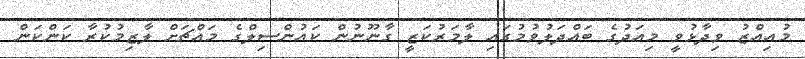
މުއިއްޒު ވިދާޅުވީ މިއަދުގެ ބައްދަލުވުމުގައި ލާމަރުކަޒީ ގާނޫނުން ކައުންސިލްގެ މައްޗަށް ލާޒިމުކުރާ ކަންކަން